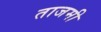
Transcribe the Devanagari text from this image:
ताजमी